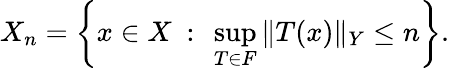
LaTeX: X_{n}=\left\{ x\in X\ :\ \sup_{T\in F}\| T(x)\| _{Y}\leq n\right\} .